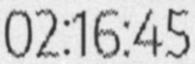
02:16:45